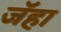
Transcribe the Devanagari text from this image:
जॅहा